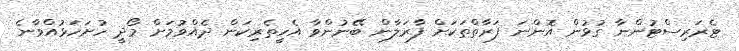
ޓެރަރިސްޓުންނާ ގުޅުން އޮންނަ ފަރާތްތަކަށް ފާރަލާން ބޭނުންވާ އެހީތެރިކަން ދެއްވުމަށް މޯދީ ހުށަހަޅުއްވާނެ